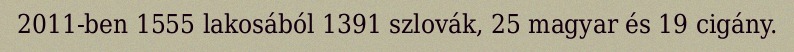
2011-ben 1555 lakosából 1391 szlovák, 25 magyar és 19 cigány.